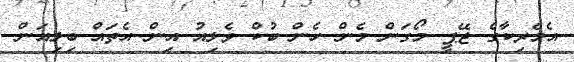
އެމެރިކާގެ ޖޭޕީ މޯގަން މެން ހެން ބުކް ވެލިއު އިން އެތައް ބިލިއަން